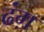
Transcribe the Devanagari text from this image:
ढंग़